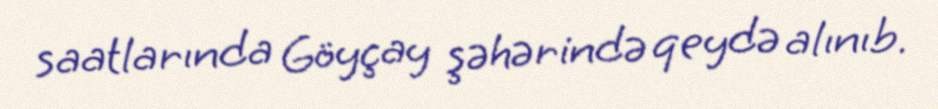
saatlarında Göyçay şəhərində qeydə alınıb.